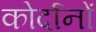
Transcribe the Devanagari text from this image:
कोर्दानों